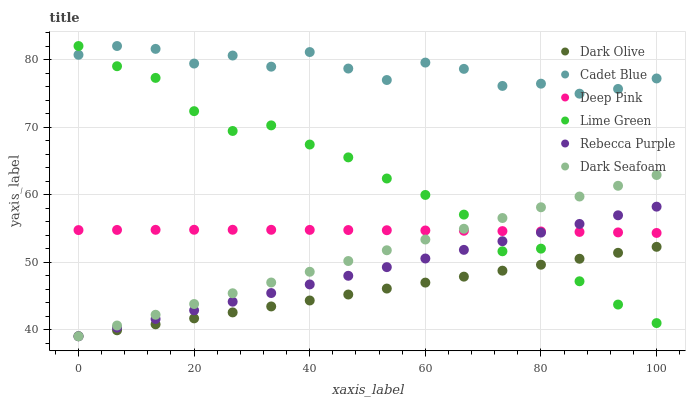
| xaxis_label | Dark Olive | Cadet Blue | Deep Pink | Lime Green | Rebecca Purple | Dark Seafoam |
 | --- | --- | --- | --- | --- | --- | --- |
 | 0 | 39 | 80.7 | 54.7 | 82 | 39 | 39 |
 | 6.67 | 39.9 | 82 | 54.8 | 79 | 40.3 | 40.6 |
 | 13.3 | 40.8 | 81.6 | 54.8 | 77.3 | 41.6 | 42.2 |
 | 20 | 41.6 | 79.4 | 54.8 | 72.3 | 42.8 | 43.8 |
 | 26.7 | 42.5 | 80.6 | 54.8 | 69.4 | 44.1 | 45.4 |
 | 33.3 | 43.4 | 78.9 | 54.8 | 70.2 | 45.4 | 47 |
 | 40 | 44.3 | 81.1 | 54.8 | 67.4 | 46.7 | 48.6 |
 | 46.7 | 45.2 | 78.7 | 54.7 | 65.5 | 48 | 50.1 |
 | 53.3 | 46.1 | 77 | 54.7 | 62.4 | 49.2 | 51.7 |
 | 60 | 46.9 | 79.5 | 54.7 | 59.9 | 50.5 | 53.3 |
 | 66.7 | 47.8 | 78.6 | 54.6 | 57 | 51.8 | 54.9 |
 | 73.3 | 48.7 | 76.1 | 54.6 | 51.6 | 53.1 | 56.5 |
 | 80 | 49.6 | 76.4 | 54.5 | 52 | 54.4 | 58.1 |
 | 86.7 | 50.5 | 74.9 | 54.5 | 47.1 | 55.6 | 59.7 |
 | 93.3 | 51.4 | 75.6 | 54.4 | 43.7 | 56.9 | 61.3 |
 | 100 | 52.2 | 77.2 | 54.3 | 41 | 58.2 | 62.9 |